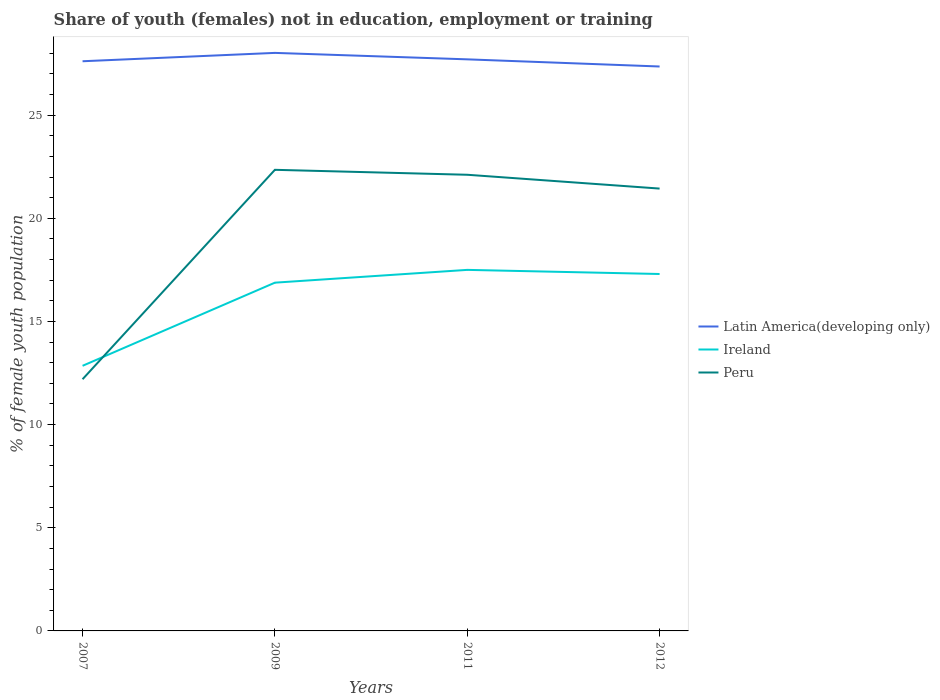
| Years | Latin America(developing only) | Ireland | Peru |
 | --- | --- | --- | --- |
 | 2007 | 27.6 | 12.9 | 12.2 |
 | 2009 | 28 | 16.9 | 22.4 |
 | 2011 | 27.7 | 17.5 | 22.1 |
 | 2012 | 27.4 | 17.3 | 21.4 |